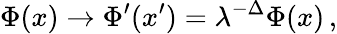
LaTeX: \Phi(x)\rightarrow\Phi^{\prime}(x^{\prime})=\lambda^{-\Delta}\Phi(x)\, ,